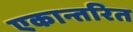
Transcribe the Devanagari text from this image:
एकान्तरित